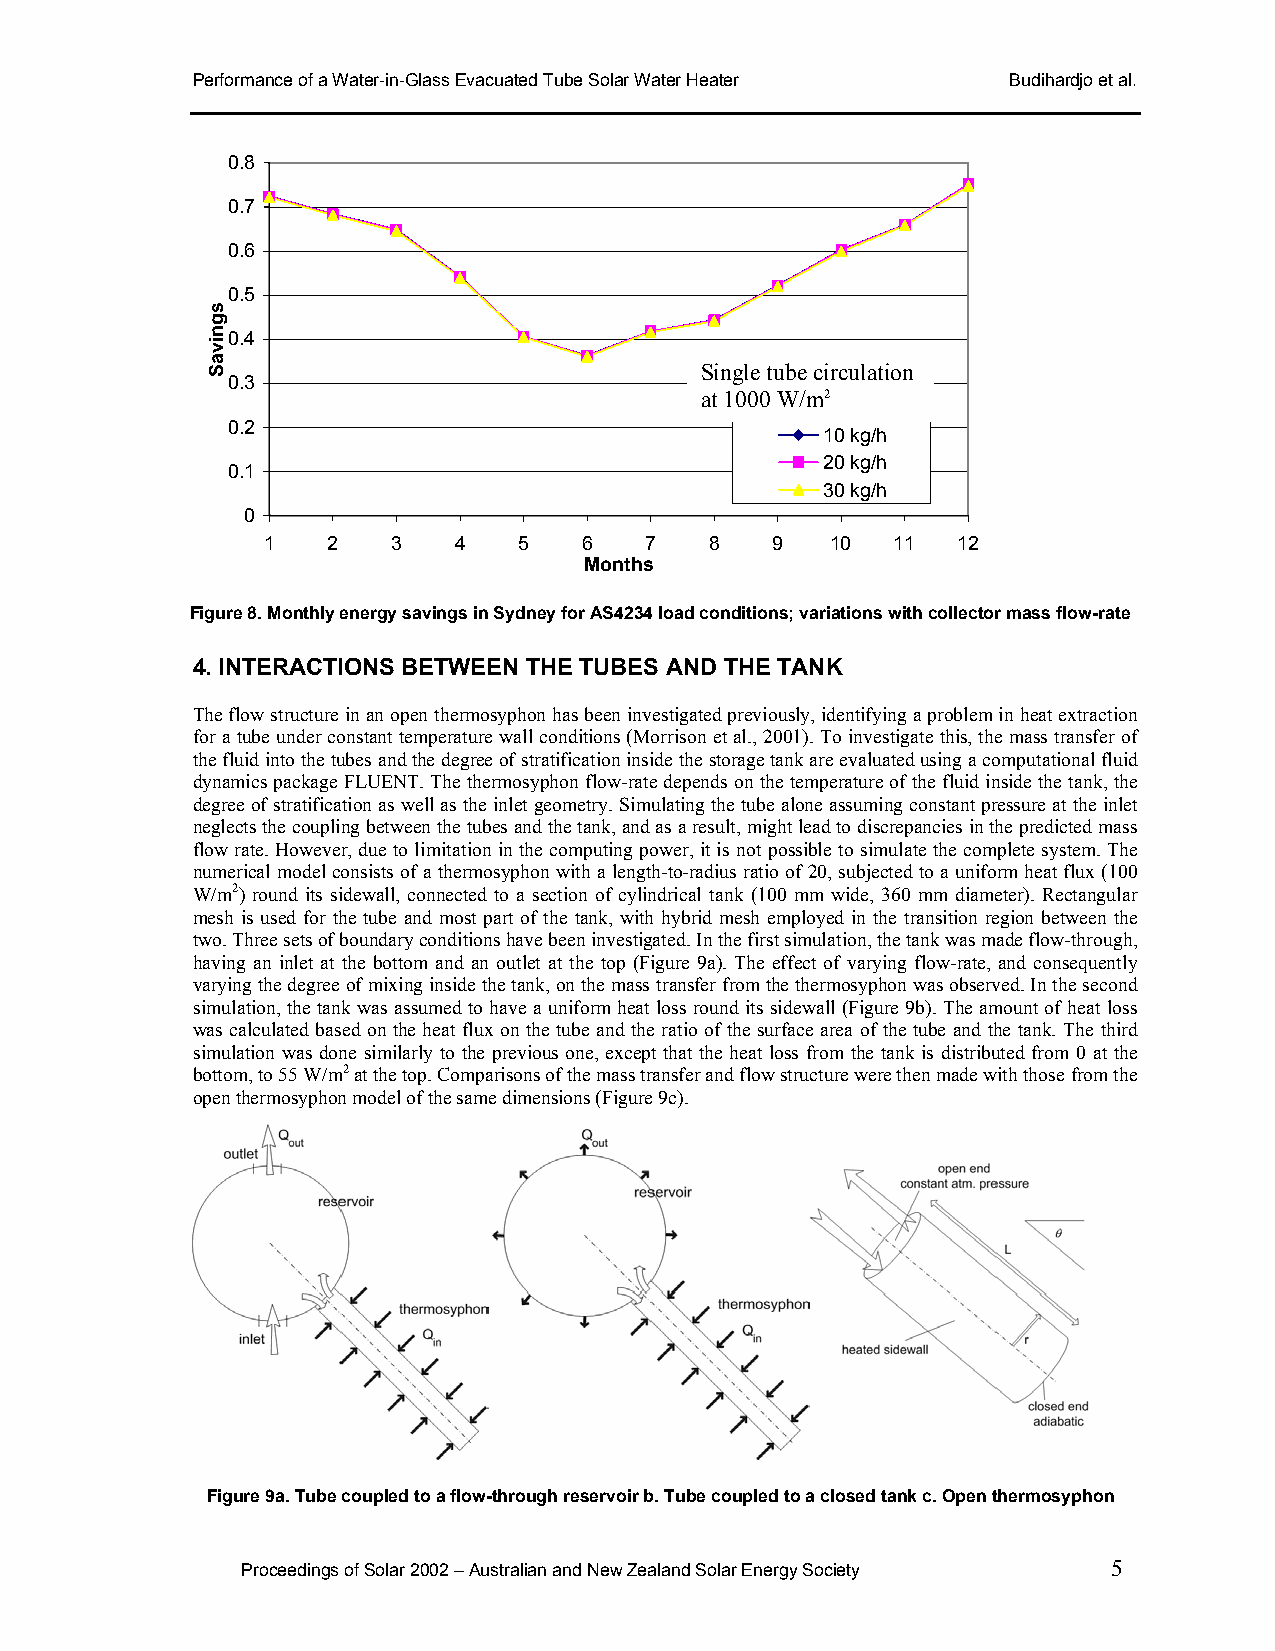
Performance of a Water-in-Glass Evacuated Tube Solar Water Heater Budihardjo et al.
 0.8
 0.7
 0.6
 0.5
 0.4
 Single tube circulation
 0.3
 at 1000 W/m2
 0.2
 10 kg/h
 20 kg/h
 0.1
 30 kg/h
 0
 1    2   3   4   5    6   7   8   9   10  11  12
 Months
 Figure 8. Monthly energy savings in Sydney for AS4234 load conditions; variations with collector mass flow-rate
 4. INTERACTIONS BETWEEN THE TUBES AND THE TANK
 The flow structure in an open thermosyphon has been investigated previously, identifying a problem in heat extraction
 for a tube under constant temperature wall conditions (Morrison et al., 2001). To investigate this, the mass transfer of
 the fluid into the tubes and the degree of stratification inside the storage tank are evaluated using a computational fluid
 dynamics package FLUENT. The thermosyphon flow-rate depends on the temperature of the fluid inside the tank, the
 degree of stratification as well as the inlet geometry. Simulating the tube alone assuming constant pressure at the inlet
 neglects the coupling between the tubes and the tank, and as a result, might lead to discrepancies in the predicted mass
 flow rate. However, due to limitation in the computing power, it is not possible to simulate the complete system. The
 numerical model consists of a thermosyphon with a length-to-radius ratio of 20, subjected to a uniform heat flux (100
 W/m2) round its sidewall, connected to a section of cylindrical tank (100 mm wide, 360 mm diameter). Rectangular
 mesh is used for the tube and most part of the tank, with hybrid mesh employed in the transition region between the
 two. Three sets of boundary conditions have been investigated. In the first simulation, the tank was made flow-through,
 having an inlet at the bottom and an outlet at the top (Figure 9a). The effect of varying flow-rate, and consequently
 varying the degree of mixing inside the tank, on the mass transfer from the thermosyphon was observed. In the second
 simulation, the tank was assumed to have a uniform heat loss round its sidewall (Figure 9b). The amount of heat loss
 was calculated based on the heat flux on the tube and the ratio of the surface area of the tube and the tank. The third
 simulation was done similarly to the previous one, except that the heat loss from the tank is distributed from 0 at the
 bottom, to 55 W/m2 at the top. Comparisons of the mass transfer and flow structure were then made with those from the
 open thermosyphon model of the same dimensions (Figure 9c).
 Figure 9a. Tube coupled to a flow-through reservoir b. Tube coupled to a closed tank c. Open thermosyphon
 Proceedings of Solar 2002 – Australian and New Zealand Solar Energy Society 5
 sgnivaS